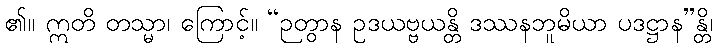
၏။ ဣတိ တသ္မာ၊ ကြောင့်။ “ဉတွာန ဥဒယဗ္ဗယန္တိ ဒဿနဘူမိယာ ပဒဋ္ဌာန”န္တိ၊